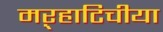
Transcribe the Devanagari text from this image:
मऱ्हाटिचीया